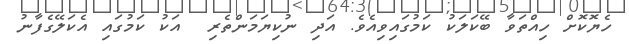
ހެޔޮކޮށް ހިއްތަވާ ބޭކަލަކު ކަމުގައިވިއެވެ. އަދި ނުކިޔަމަންތެރި  އަކު ކަމުގައި އެކަލޭގެފާނު